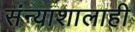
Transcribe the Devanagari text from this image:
संन्याशालाही